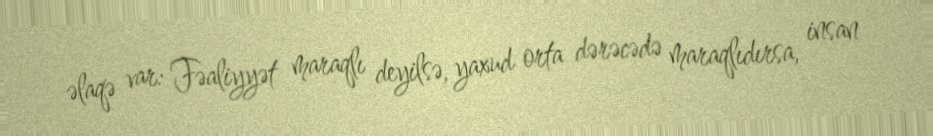
əlaqə var: Fəaliyyət maraqlı deyilsə, yaxud orta dərəcədə maraqlıdırsa, insan